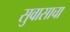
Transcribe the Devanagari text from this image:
सुवासाचा